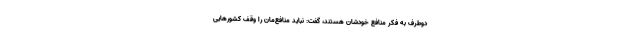
دوطرف به فکر منافع خودشان هستند، گفت: نباید منافع‌مان را وقف کشورهایی